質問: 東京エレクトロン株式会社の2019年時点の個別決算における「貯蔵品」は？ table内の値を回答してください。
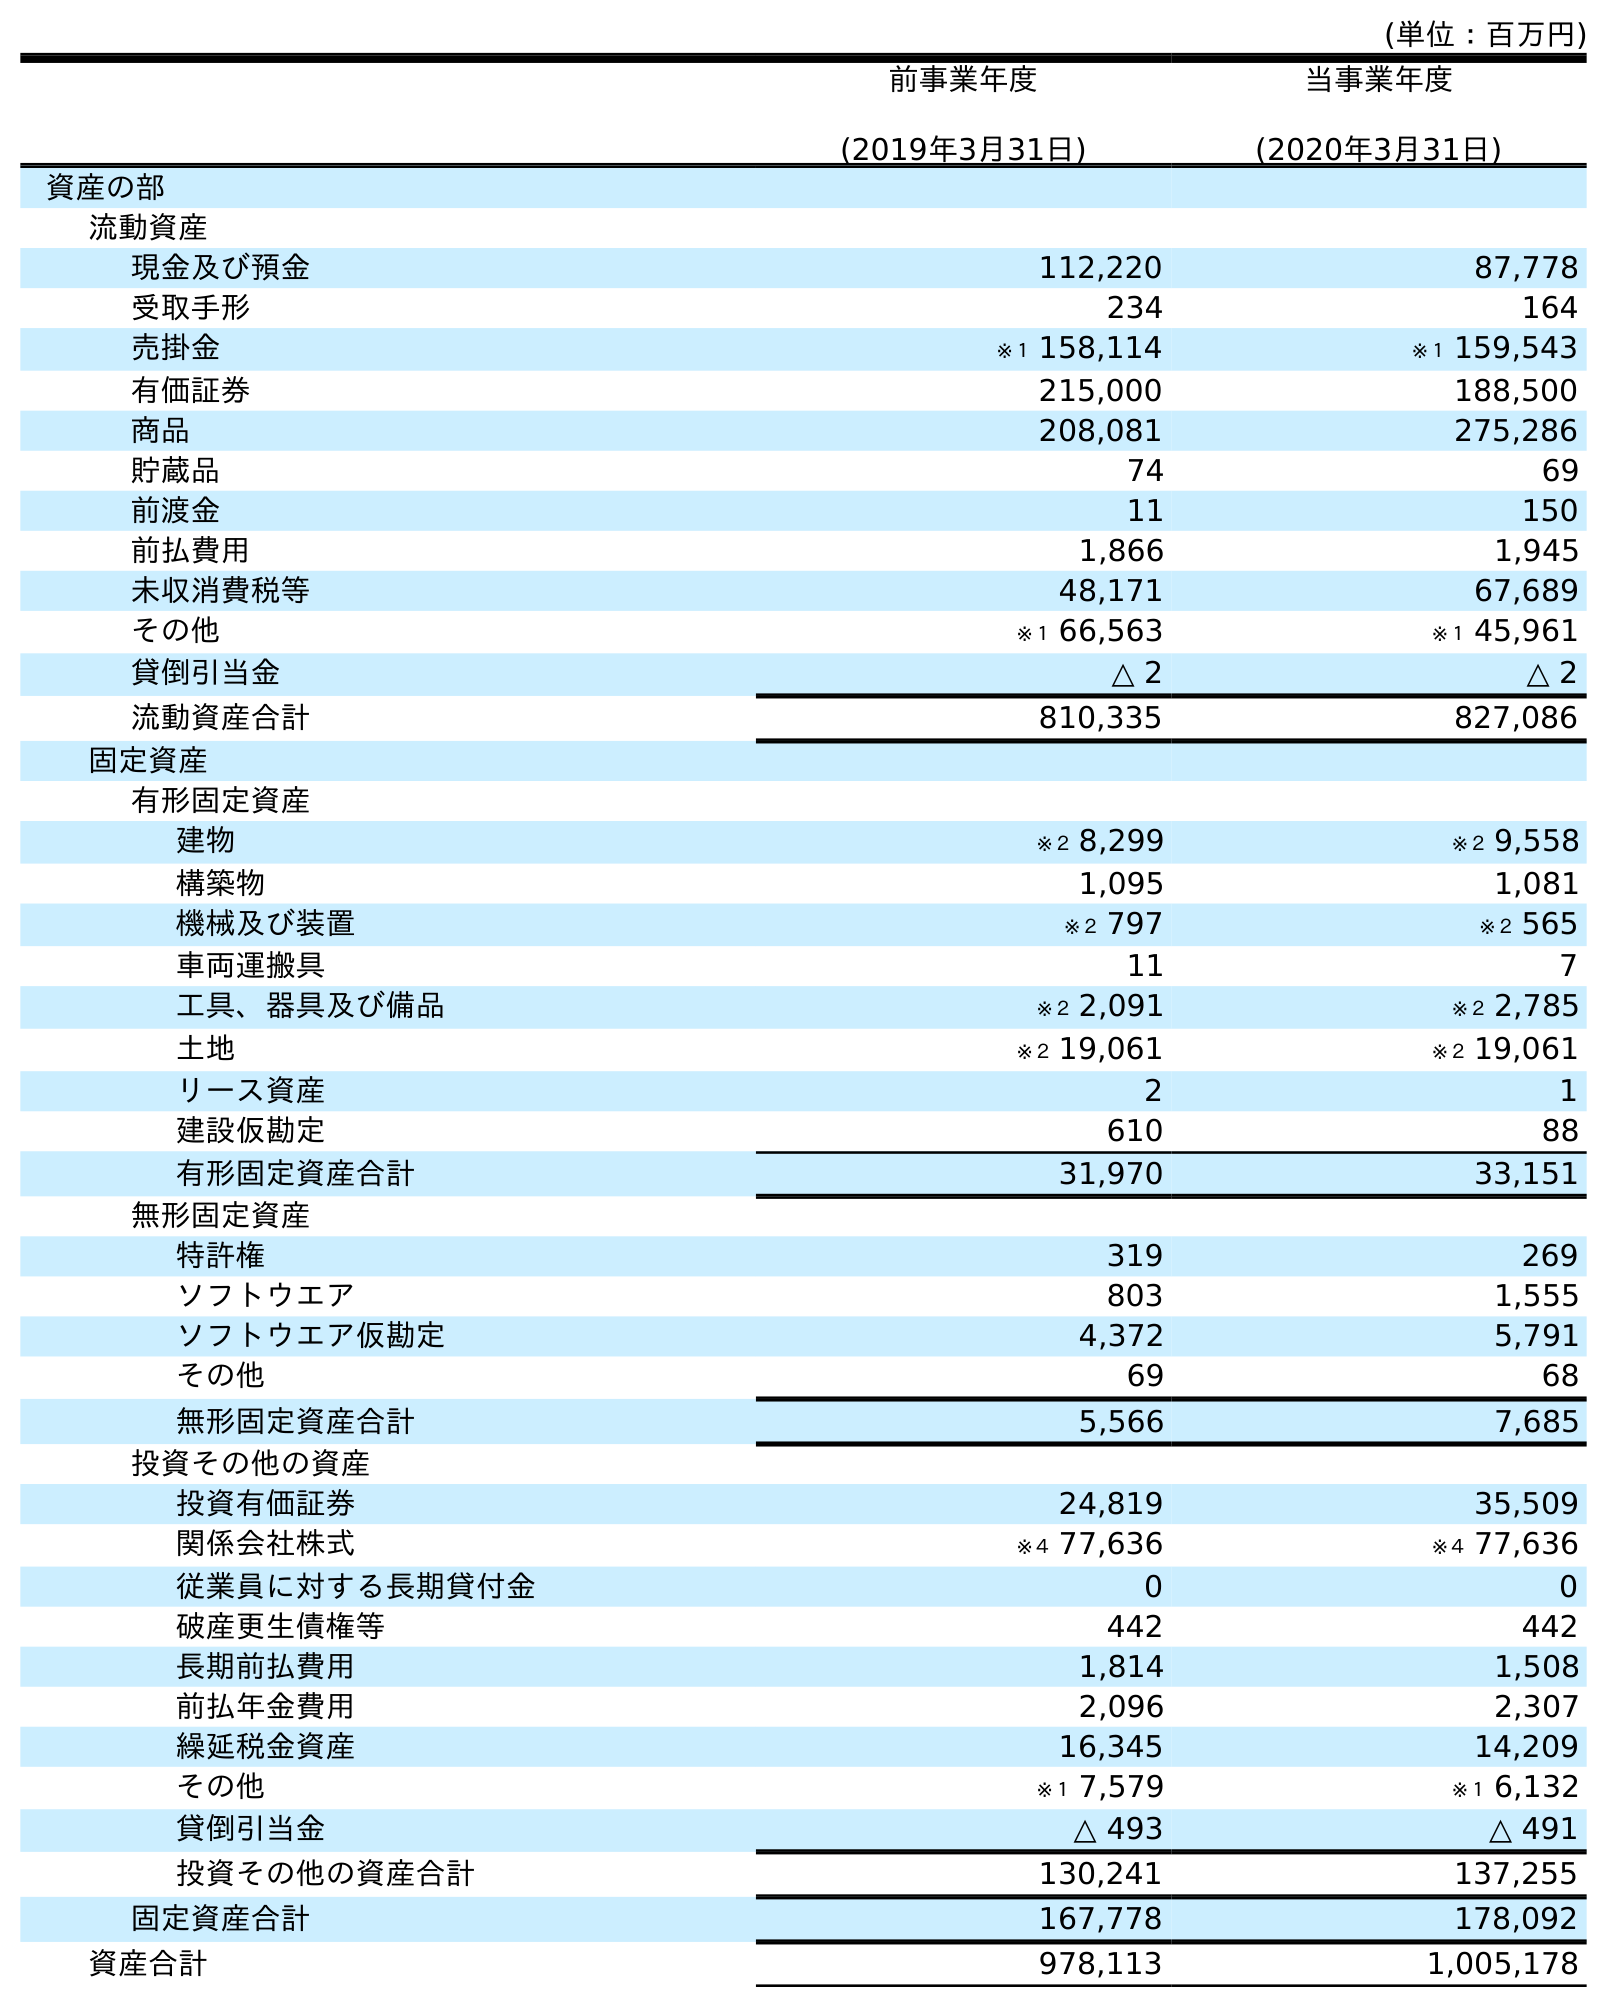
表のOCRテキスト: (単位：百万円) 前事業年度 (2019年3月31日) 当事業年度 (2020年3月31日) 資産の部 流動資産 現金及び預金 112,220 87,778 受取手形 234 164 売掛金 ※１ 158,114 ※１ 159,543 有価証券 215,000 188,500 商品 208,081 275,286 貯蔵品 74 69 前渡金 11 150 前払費用 1,866 1,945 未収消費税等 48,171 67,689 その他 ※１ 66,563 ※１ 45,961 貸倒引当金 △ 2 △ 2 流動資産合計 810,335 827,086 固定資産 有形固定資産 建物 ※２ 8,299 ※２ 9,558 構築物 1,095 1,081 機械及び装置 ※２ 797 ※２ 565 車両運搬具 11 7 工具、器具及び備品 ※２ 2,091 ※２ 2,785 土地 ※２ 19,061 ※２ 19,061 リース資産 2 1 建設仮勘定 610 88 有形固定資産合計 31,970 33,151 無形固定資産 特許権 319 269 ソフトウエア 803 1,555 ソフトウエア仮勘定 4,372 5,791 その他 69 68 無形固定資産合計 5,566 7,685 投資その他の資産 投資有価証券 24,819 35,509 関係会社株式 ※４ 77,636 ※４ 77,636 従業員に対する長期貸付金 0 0 破産更生債権等 442 442 長期前払費用 1,814 1,508 前払年金費用 2,096 2,307 繰延税金資産 16,345 14,209 その他 ※１ 7,579 ※１ 6,132 貸倒引当金 △ 493 △ 491 投資その他の資産合計 130,241 137,255 固定資産合計 167,778 178,092 資産合計 978,113 1,005,178
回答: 74